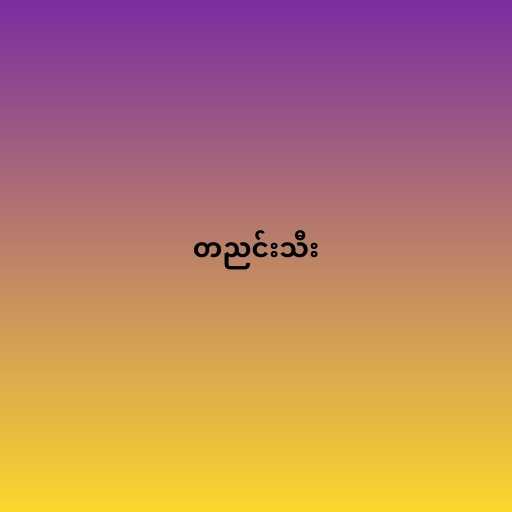
တညင်းသီး